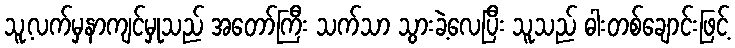
သူ့လက်မှနာကျင်မှုသည် အတော်ကြီး သက်သာ သွားခဲ့လေပြီး သူသည် ဓါးတစ်ချောင်းဖြင့်